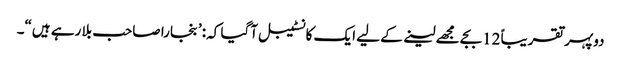
دوپہر تقریباً 12بجے مجھے لینے کے لیے ایک کانسٹیبل آگیا کہ: ’بنجارا صاحب بلا رہے ہیں“۔